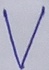
Text: V